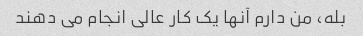
بله، من دارم آنها یک کار عالی انجام می دهند